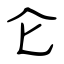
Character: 仑